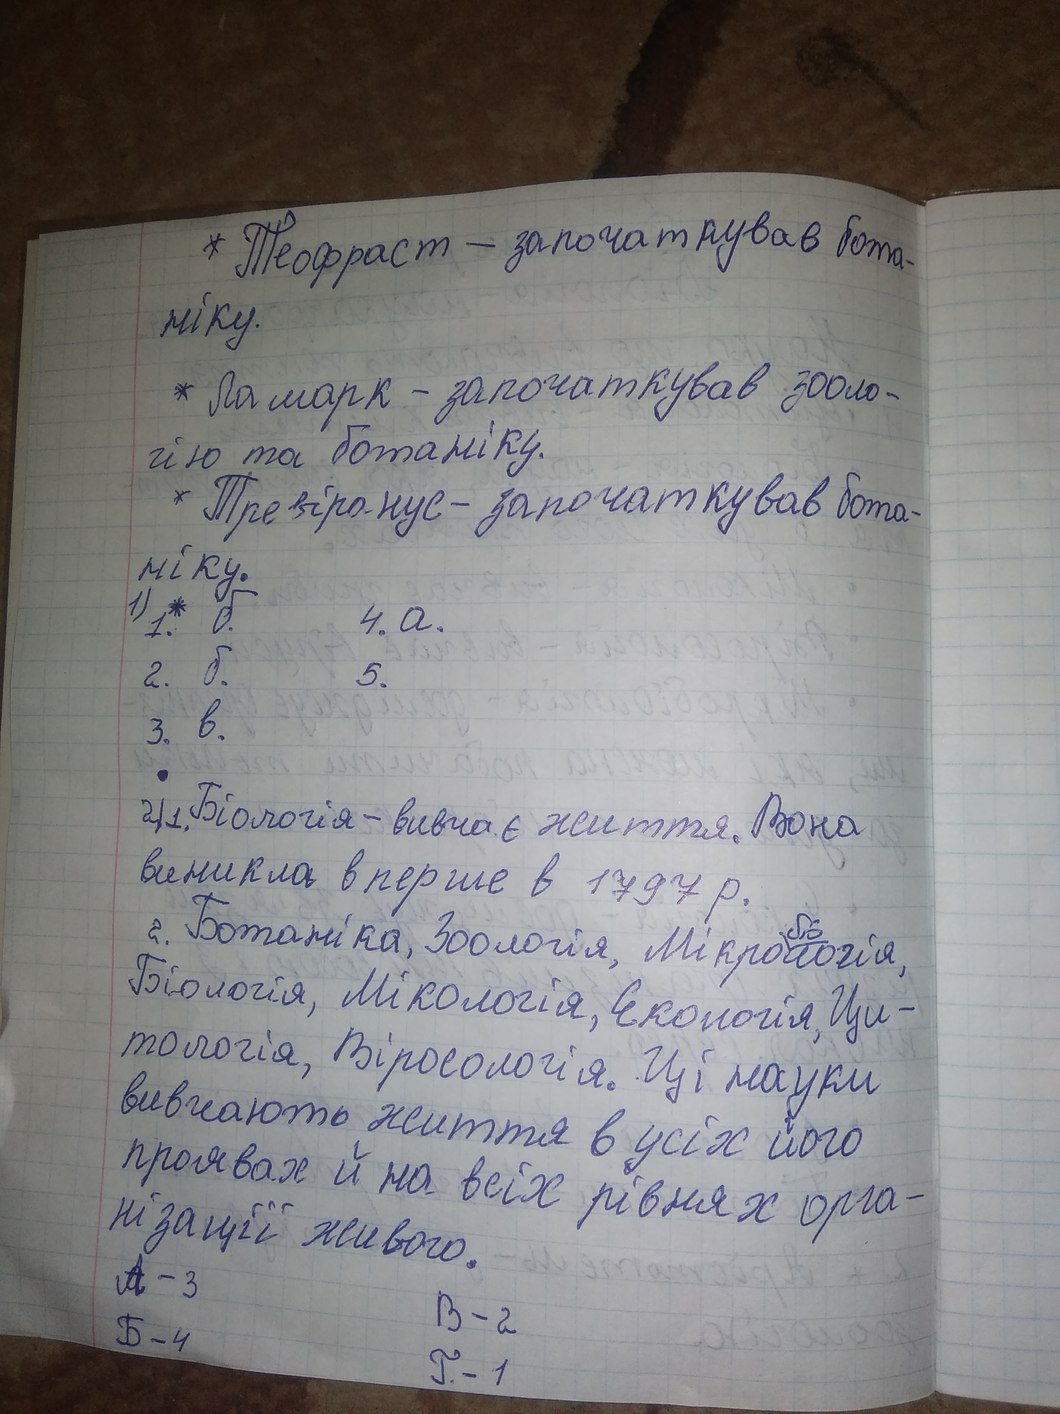
∗ Теофраст - започаткував бота-
ніку.
∗ Ламарк - започаткував зооло-
гію та ботаніку.
∗ Тревіранус - започаткував бота-
ніку
1) 1.* б.
4. а.
2. б.
5.
3. в.
2/1. Біологія - вивчає життя. Вона
виникла вперше в 1797 р.
2.Ботаніка,Зоологія,Мікро(біо)логія,
Біологія,Мікологія,Екологія,Ци-
тологія, Вірусологія. Ці науки
вивчають життя в усіх його
проявах й на всіх рівнях орга-
нізації живого.
А - 3
B-2
Б - 4
Г. - 1